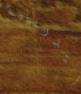
التدريبية